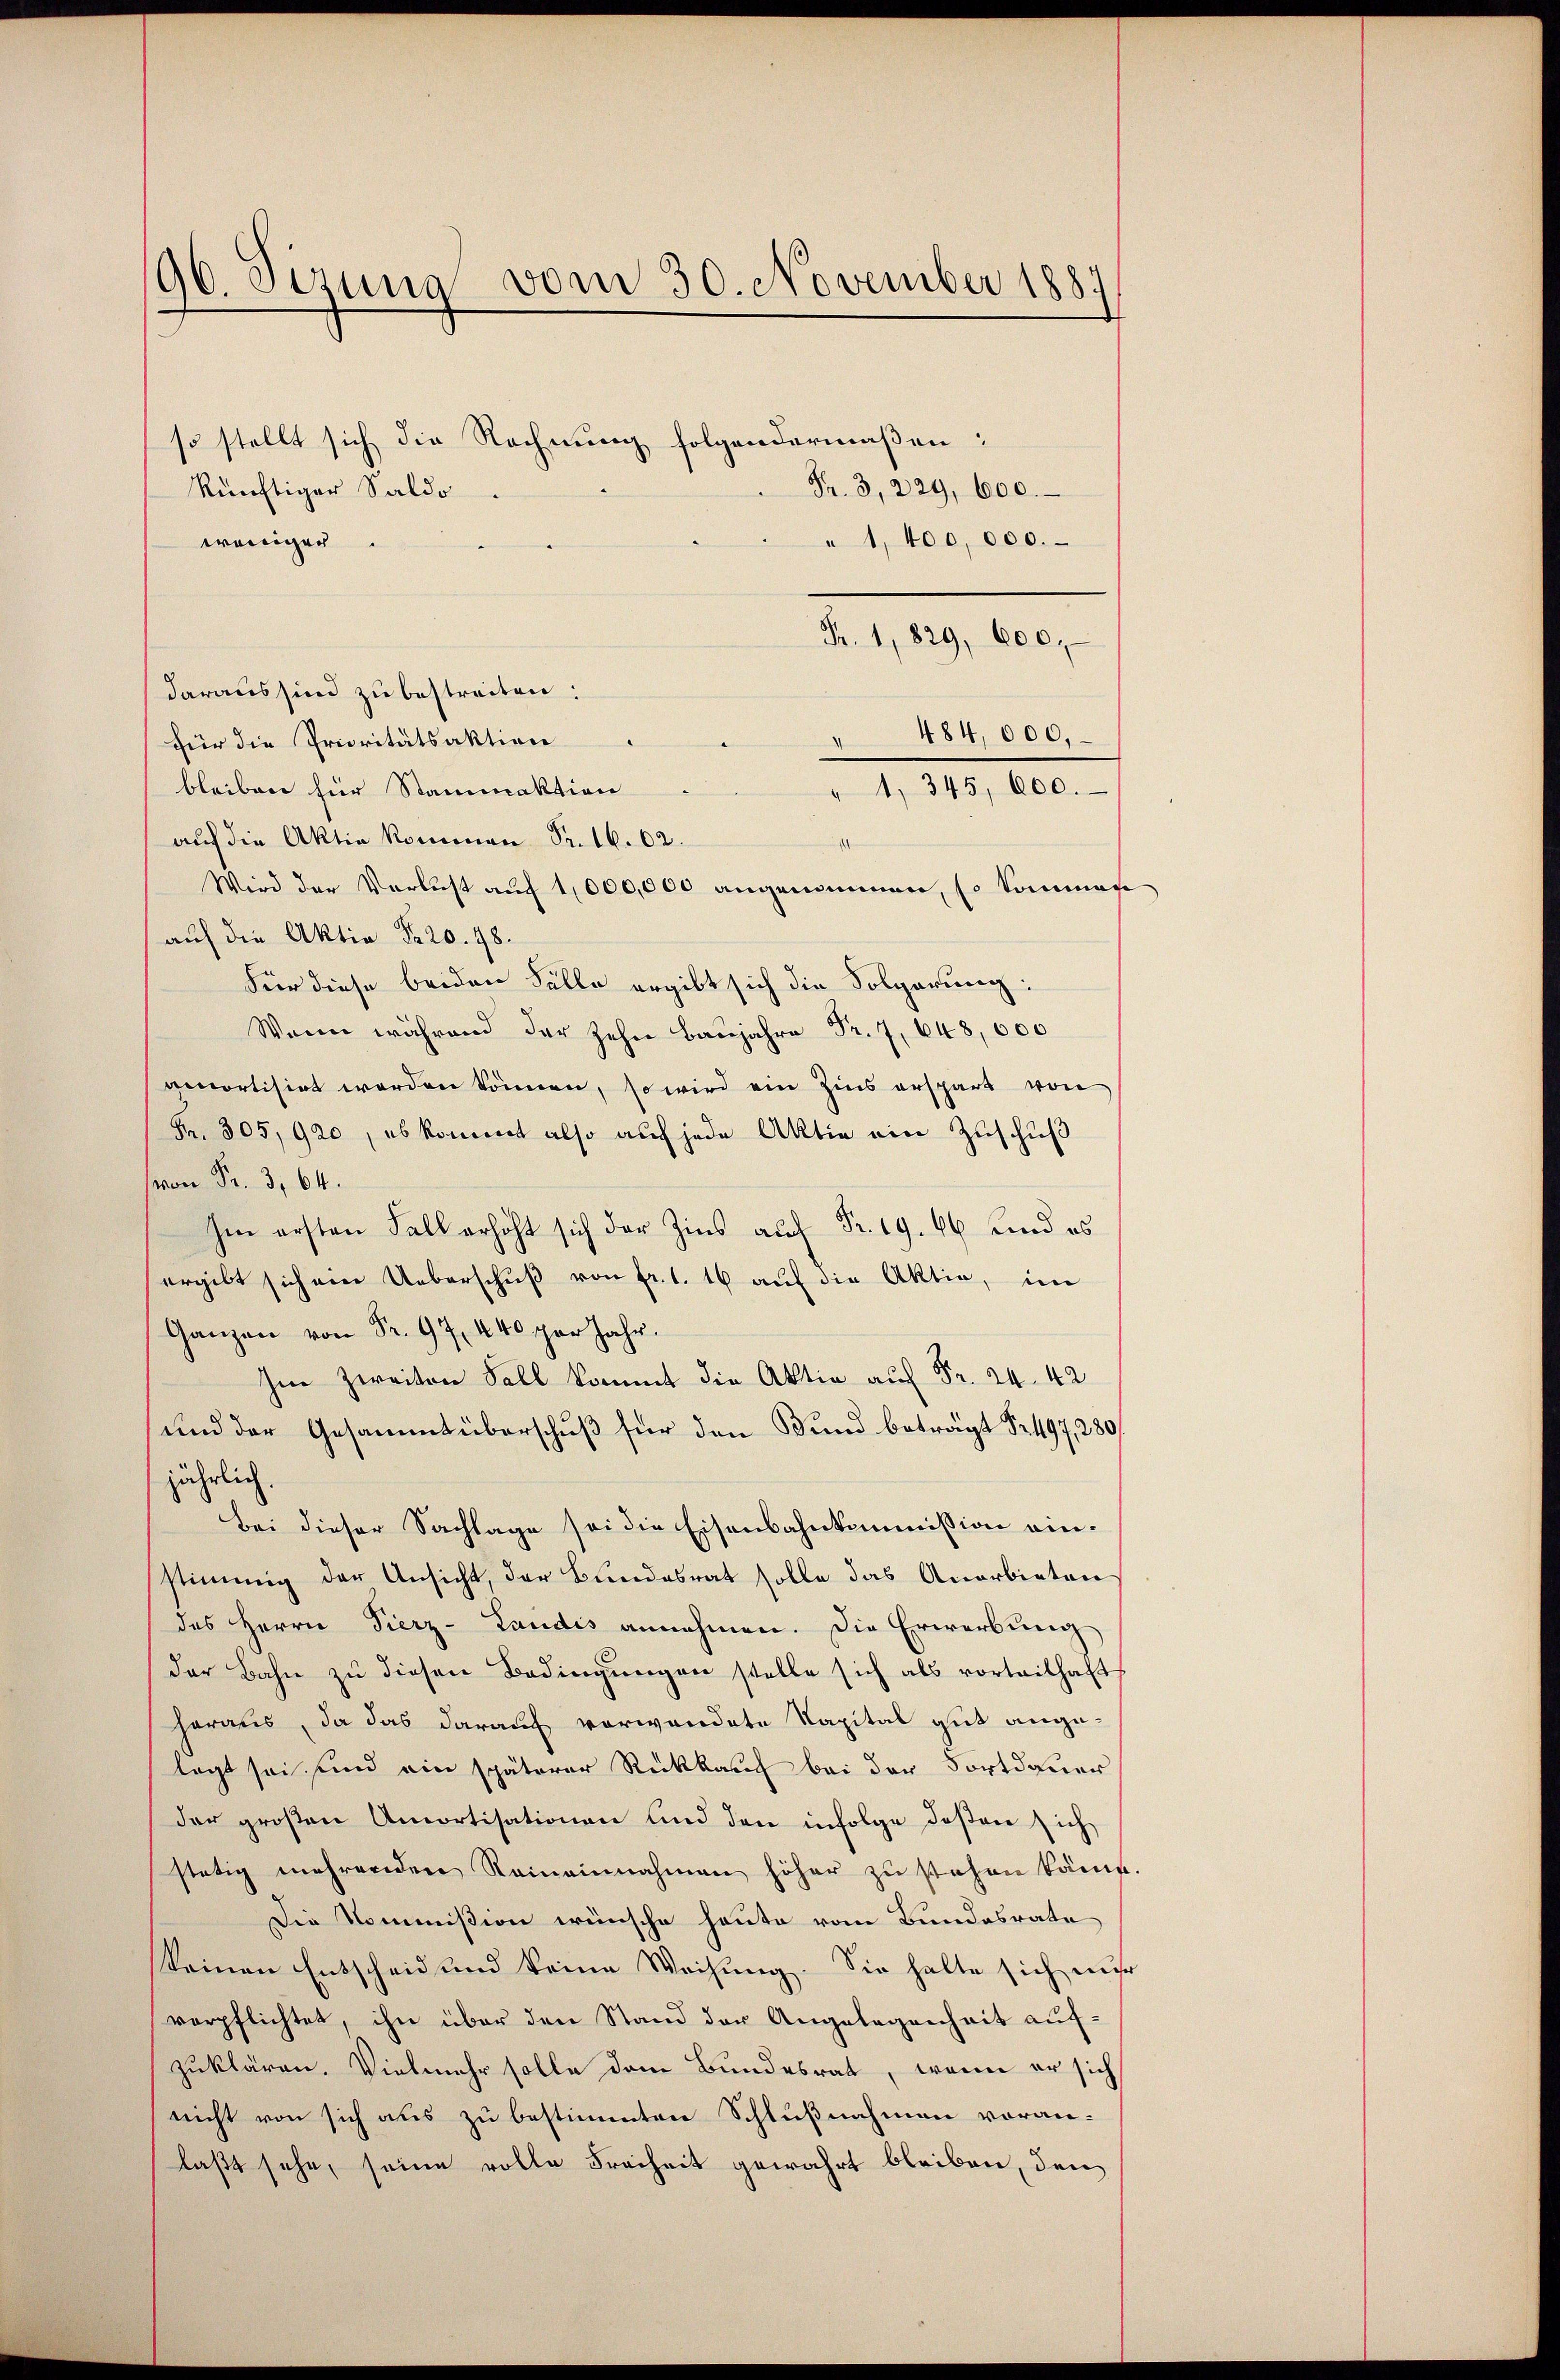
96. Sezung vom 30. November 1887

so stellt sich die Rechnung folgendermaßen:
Fr. 3, 229, 600.
künftiger Saldo
weniger
" 1,400,000.
Fr. 1829, 600,
daraus sind zu bestreiten:
 484,000.
für die Prioritätsaktion
bleiben hier Stammaktion
" 1 345, 600.
auf die Aktie kommen Fr. 16. 62.
1
Wird der Verlust auf 1,000,000 angenommen, so kommen
auf die Aktia Fr. 20. 48.
Für diese beiden Fälle ergibt sich die Folgerung:
.4000
amortisirt worden können, so wird ein Zins erspart von
Fr. 305, 920, es kommt also auf jede Aktie ein Zuschuß
von Fr. 364.
In ersten Fall erhöht sich der Zins auf Fr. 19. 46 und es
ergibt sich ein Ueberschuß von fr. 1. 16 auf die Aktie, im
Ganzen von Fr. 97, 440 per Jahr.
Im Zweiten Fall
und der Gesammtüberschuß für den Bund beträgt Fr. 497, 280
jährlich.
Bei dieser Sachlage sei die Eisenbahnkommission einstimmig der Ansicht, der Bundesrat solle das Anerbieten
des Herrn Fierz- Landis annehmen. Die Erwerbung
der Bahn zu diesen Bedingungen stelle sich als vorteilhaft
heraus, da das darauf vorwandete Kapital gut angelagt sei sind ein späterer Rückkauf bei der Fortdauer
der großen Amortisationen und den infolge deßen sich
stetig mehrenden Reineinnahmen höher zu stehen könne.
Die Kommißion wünsche heute vom Bundesrate
keinen Entscheid und keine Weisung. Sie halte sich mehr
verpflichtet, ihn über den Stand der Angelegenheit aufzuklären. Vielmehr solle dem Bundesrat, wenn er sich
nicht von sich aus zu bestimmten Schlußnahmen voran-
laßt sehe, seine volle Freiheit gewahrt bleiben, den